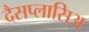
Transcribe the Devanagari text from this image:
दैसप्लासिअ